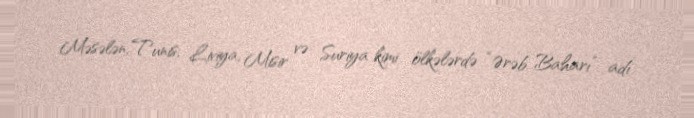
Məsələn, Tunis, Liviya, Misir və Suriya kimi ölkələrdə “Ərəb Baharı” adı